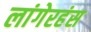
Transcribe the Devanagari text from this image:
लांगेरहंस